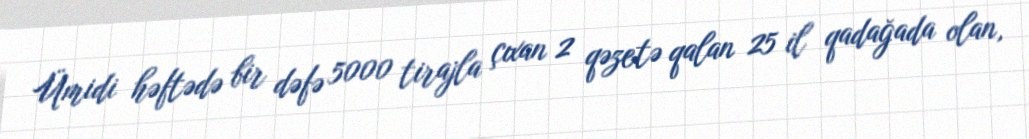
Ümidi həftədə bir dəfə 5000 tirajla çıxan 2 qəzetə qalan 25 il qadağada olan,